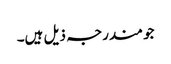
جو مندرجہ ذیل ہیں۔